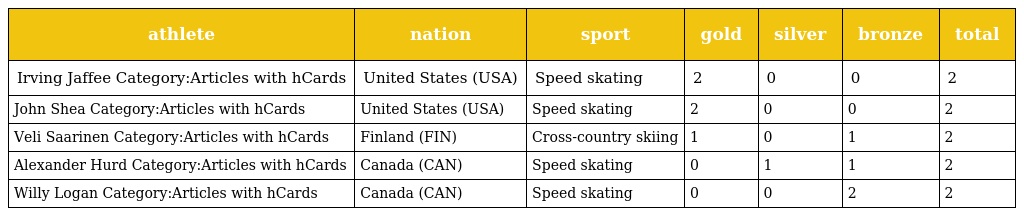
| athlete | nation | sport | gold | silver | bronze | total |
 | --- | --- | --- | --- | --- | --- | --- |
 | Irving Jaffee Category:Articles with hCards | United States (USA) | Speed skating | 2 | 0 | 0 | 2 |
 | John Shea Category:Articles with hCards | United States (USA) | Speed skating | 2 | 0 | 0 | 2 |
 | Veli Saarinen Category:Articles with hCards | Finland (FIN) | Cross-country skiing | 1 | 0 | 1 | 2 |
 | Alexander Hurd Category:Articles with hCards | Canada (CAN) | Speed skating | 0 | 1 | 1 | 2 |
 | Willy Logan Category:Articles with hCards | Canada (CAN) | Speed skating | 0 | 0 | 2 | 2 |